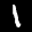
Label: 1